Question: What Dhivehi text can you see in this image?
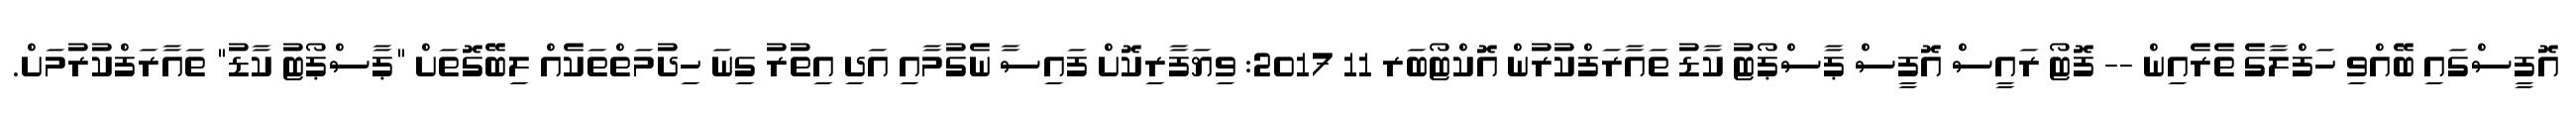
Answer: އޮފީސްގައި ބޭއްވި ހަފްލާގެ ތެރެއިން -- ފޮޓޯ ރައީސް އޮފީސް ޕާސްޕޯޓު ކާޑު ތައާރަފްކުރުން އޮކްޓޯބަރ 11 2017: ވިޔަފާރިކޮށް ފައިސާ ނެގުމާއި އަދި އިތުރު ގިނަ ހިދުމަތްތަކެއް ލިބޭގޮތަށް "ޕާސްޕޯޓު ކާޑު" ތައާރަފްކުރުމަށް.